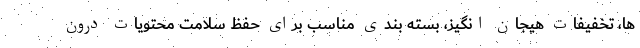
ها، تخفیفات هیجان انگیز، بسته بندی مناسب برای حفظ سلامت محتویات درون